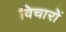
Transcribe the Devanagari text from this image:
विचारोें